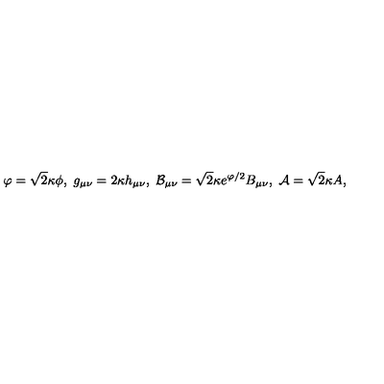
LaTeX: \varphi = \sqrt { 2 } \kappa \phi , \ g _ { \mu \nu } = 2 \kappa h _ { \mu \nu } , \ { \cal B } _ { \mu \nu } = \sqrt { 2 } \kappa e ^ { \varphi / 2 } B _ { \mu \nu } , \ { \cal A } = \sqrt { 2 } \kappa A ,